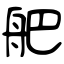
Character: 舥